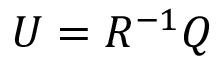
U = { { R } ^ { - 1 } } Q